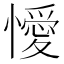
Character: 懓